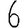
Digit: 6